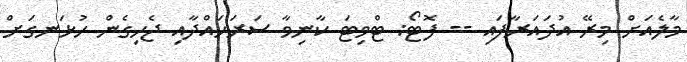
މާލެއަށް މިރޭ އުދައަރާފައި -- ފޮޓޯ: ޓްވިޓަ ކާނިވާ ސަރަހައްދާއި ޖެހިގެން ހުޅަނގަށް